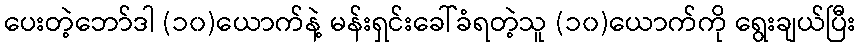
ပေးတဲ့ဘော်ဒါ (၁၀)ယောက်နဲ့ မန်းရှင်းခေါ်ခံရတဲ့သူ (၁၀)ယောက်ကို ရွေးချယ်ပြီး